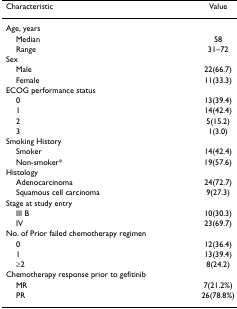
<table><thead><tr><td><b>Characteristic</b></td><td><b>Value</b></td></tr></thead><tbody><tr><td>Age, years</td><td></td></tr><tr><td> Median</td><td>58</td></tr><tr><td> Range</td><td>31–72</td></tr><tr><td>Sex</td><td></td></tr><tr><td> Male</td><td>22(66.7)</td></tr><tr><td> Female</td><td>11(33.3)</td></tr><tr><td>ECOG performance status</td><td></td></tr><tr><td> 0</td><td>13(39.4)</td></tr><tr><td> 1</td><td>14(42.4)</td></tr><tr><td> 2</td><td>5(15.2)</td></tr><tr><td> 3</td><td>1(3.0)</td></tr><tr><td>Smoking History</td><td></td></tr><tr><td> Smoker</td><td>14(42.4)</td></tr><tr><td> Non-smoker*</td><td>19(57.6)</td></tr><tr><td>Histology</td><td></td></tr><tr><td> Adenocarcinoma</td><td>24(72.7)</td></tr><tr><td> Squamous cell carcinoma</td><td>9(27.3)</td></tr><tr><td>Stage at study entry</td><td></td></tr><tr><td> III B</td><td>10(30.3)</td></tr><tr><td> IV</td><td>23(69.7)</td></tr><tr><td>No. of Prior failed chemotherapy regimen</td><td></td></tr><tr><td> 0</td><td>12(36.4)</td></tr><tr><td> 1</td><td>13(39.4)</td></tr><tr><td> ≥2</td><td>8(24.2)</td></tr><tr><td>Chemotherapy response prior to gefitinib</td><td></td></tr><tr><td> MR</td><td>7(21.2%)</td></tr><tr><td> PR</td><td>26(78.8%)</td></tr></tbody></table>